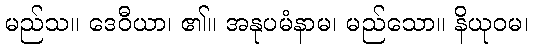
မည်သ။ ဒေဝီယာ၊ ၏။ အနုပမံနာမ၊ မည်သော။ နိယုဝမ၊